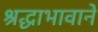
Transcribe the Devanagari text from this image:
श्रद्धाभावाने